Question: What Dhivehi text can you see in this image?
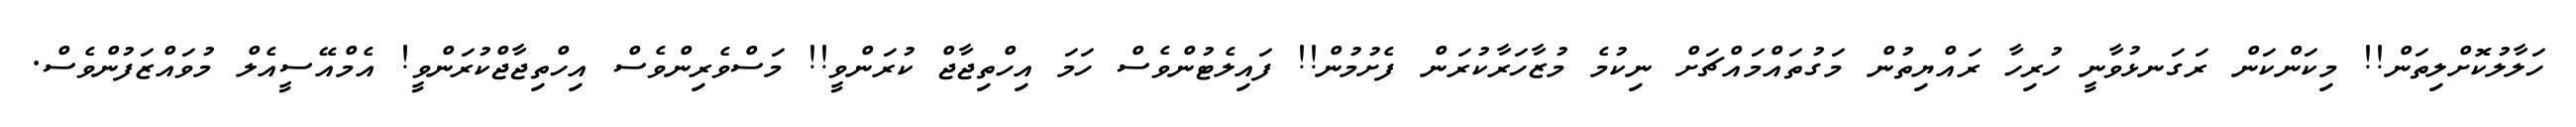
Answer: ހަލާލުކޮށްލިތަން!! މިކަންކަން ރަގަނޅުވާނީ ހުރިހާ ރައްޔިތުން މަގުތައްމައްޗަށް ނިކުމެ މުޒާހަރާކުރަން ފެށުމުން!! ފައިލެޓުންވެސް ހަމަ އިހްތިޖާޖް ކުރަންވީ!! މަސްވެރިންވެސް އިހްތިޖާޖްކުރަންވީ! އެމްއޭސީއެލް މުވައްޒަފުންވެސް.